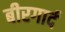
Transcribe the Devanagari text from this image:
बीरगार्द